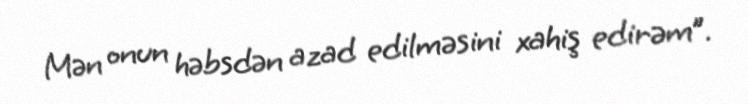
Mən onun həbsdən azad edilməsini xahiş edirəm”.